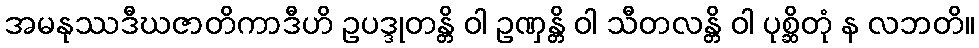
အမနုဿဒီဃဇာတိကာဒီဟိ ဥပဒ္ဒုတန္တိ ဝါ ဥဏှန္တိ ဝါ သီတလန္တိ ဝါ ပုစ္ဆိတုံ န လဘတိ။